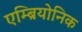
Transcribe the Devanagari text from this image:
एम्ब्रियोनिक